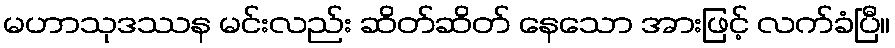
မဟာသုဒဿန မင်းလည်း ဆိတ်ဆိတ် နေသော အားဖြင့် လက်ခံပြီ။